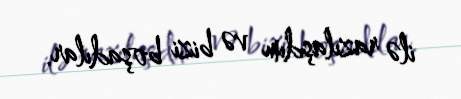
ilə razılaşdım və bizi boşadılar.